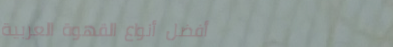
أفضل أنواع القهوة العربية